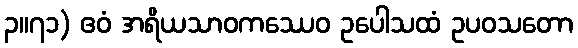
၃။၇၁) ဧဝံ အရိယသာဝကဿေဝ ဥပေါသထံ ဥပဝသတော